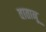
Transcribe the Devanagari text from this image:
वातानू